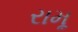
રામૂ